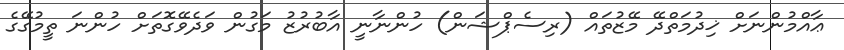
ޢާއްމުންނަށް ޚިދުމަތްދޭ މޭޒުތައް (ރިސެޕްޝަން) ހުންނާނީ އާބުރުޒު މަގުން ވަދެވޭގޮތަށް ހުންނަ ތީމުގޭގެ